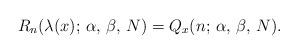
LaTeX: \begin{align*}R_n(\lambda(x);\, \alpha,\, \beta,\, N) = Q_x(n;\, \alpha,\, \beta,\, N).\end{align*}